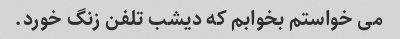
می خواستم بخوابم که دیشب تلفن زنگ خورد.